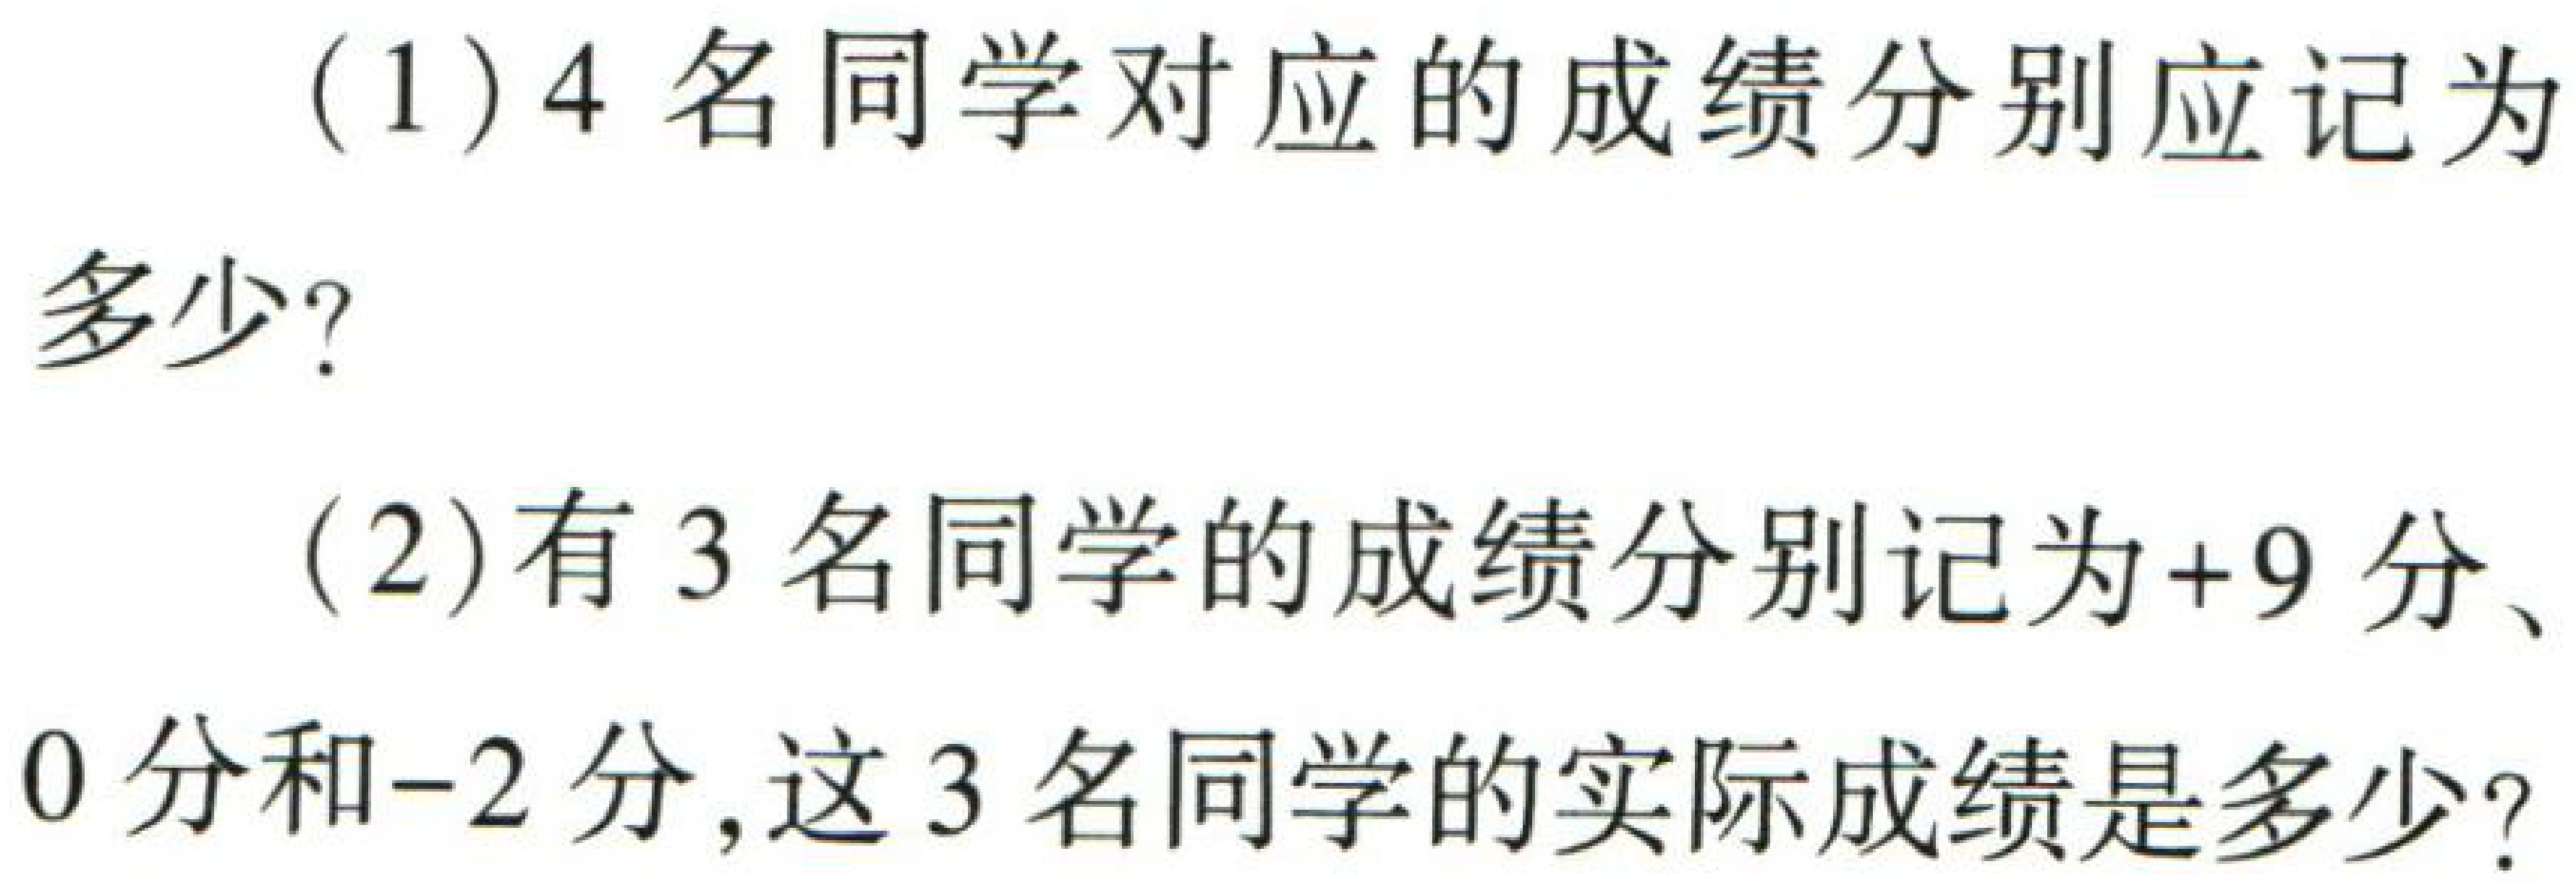
(1)4名同学对应的成绩分别应记为多少？

(2)有3名同学的成绩分别记为+9分、0分和-2分,这3名同学的实际成绩是多少?